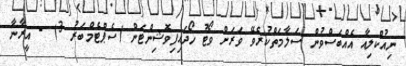
ނިއުކްލިއާ އެއްބަސްވުން ސަލާމަތްކުރެވޭ ވަަރަށް ވޯޓު ހޯދައިފިވޮޝިންޓަން (ސެޕްޓެމްބަރު 3) - އީރާނާ